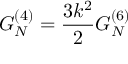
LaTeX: G _ { N } ^ { ( 4 ) } = \frac { 3 k ^ { 2 } } { 2 } G _ { N } ^ { ( 6 ) }